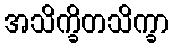
အသိက္ခိတသိက္ခာ